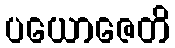
ပယောဇေတိ